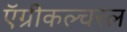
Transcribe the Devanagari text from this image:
ऍग्रीकल्चरल